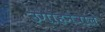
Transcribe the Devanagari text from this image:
उगाहनेवाले